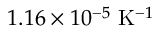
1 . 1 6 \times 1 0 ^ { - 5 } ~ \mathrm { K } ^ { - 1 }